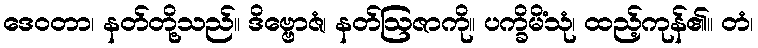
ဒေဝတာ၊ နတ်တို့သည်။ ဒိဗ္ဗောဇံ၊ နတ်ဩဇာကို။ ပက္ခိမိံသုံ၊ ထည့်ကုန်၏။ တံ၊